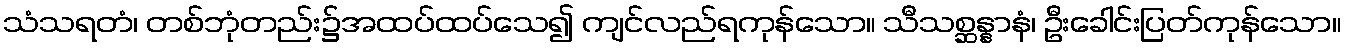
သံသရတံ၊ တစ်ဘုံတည်း၌အထပ်ထပ်သေ၍ ကျင်လည်ရကုန်သော။ သီသစ္ဆန္နာနံ၊ ဦးခေါင်းပြတ်ကုန်သော။